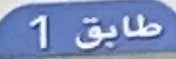
طايق1